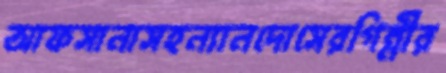
আফসানাসহন্যানদোসেরগিন্নীর